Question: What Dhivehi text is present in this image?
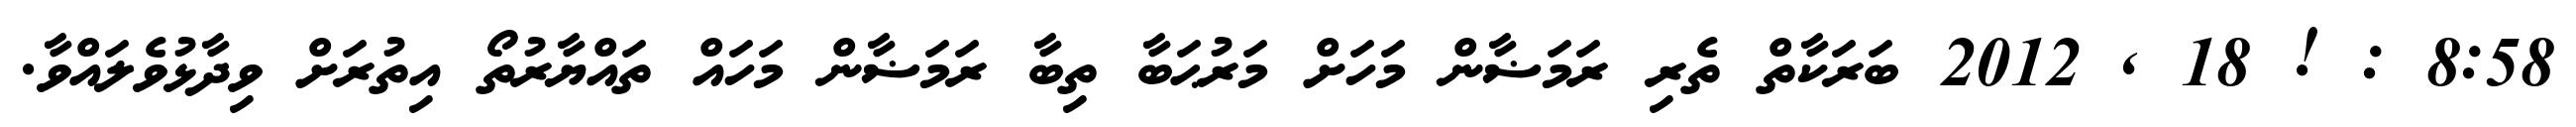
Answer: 8:58 : ! 18 , 2012 ބަރަކާތް ތެރި ރަމަޟާން މަހަށް މަރުޙަބާ ތިބާ ރަމަޟާން މަހައް ތައްޔާރުތޯ އިތުރަށް ވިދާޅުވެލައްވާ.